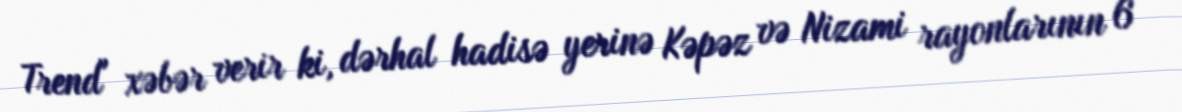
Trend" xəbər verir ki, dərhal hadisə yerinə Kəpəz və Nizami rayonlarının 6